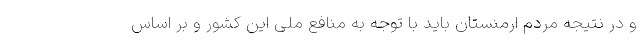
و در نتیجه مردم ارمنستان باید با توجه به منافع ملی این کشور و بر اساس